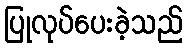
ပြုလုပ်ပေးခဲ့သည်